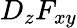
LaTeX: D_{z}F_{xy}